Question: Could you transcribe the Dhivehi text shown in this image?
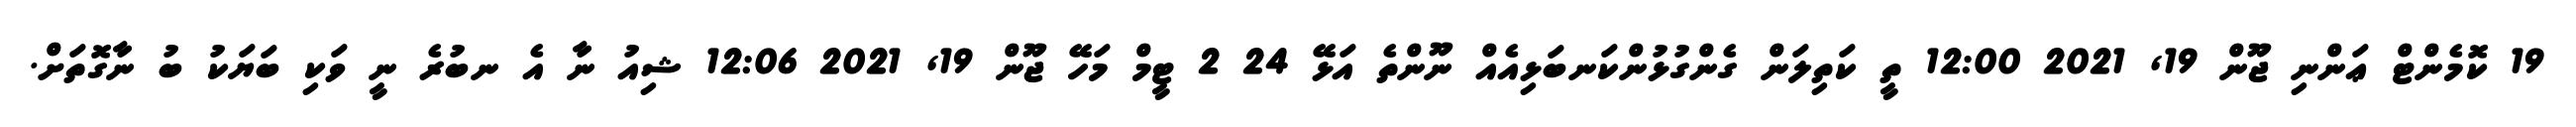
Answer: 19 ކޮމެންޓް ޢަންނި ޖޫން 19, 2021 12:00 ތީ ކަތިލަން ގެންގުޅުންކަނބަޅިއެއް ނޫންތެ އަޅޭ 24 2 ޓީމް މަހޭ ޖޫން 19, 2021 12:06 ޝިއު ނާ އެ ނބުރެ ނީ ވަކި ބަޔަކު ބު ނާގޮތަށް.